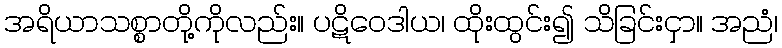
အရိယာသစ္စာတို့ကိုလည်း။ ပဋိဝေဒါယ၊ ထိုးထွင်း၍ သိခြင်းငှာ။ အညံ၊